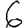
Digit: 6